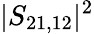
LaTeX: |S_{21,12}|^{2}